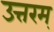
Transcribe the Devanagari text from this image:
उत्तरम्